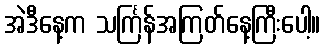
အဲဒီနေ့က သင်္ကြန်အကြတ်နေ့ကြီးပေါ့။